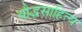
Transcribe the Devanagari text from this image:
बौद्धसाहित्य